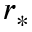
r _ { * }